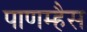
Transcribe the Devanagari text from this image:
पाणम्हैस